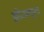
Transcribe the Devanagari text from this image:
झीटामधूनच